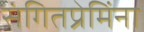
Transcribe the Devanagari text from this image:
संगितप्रेमिंना